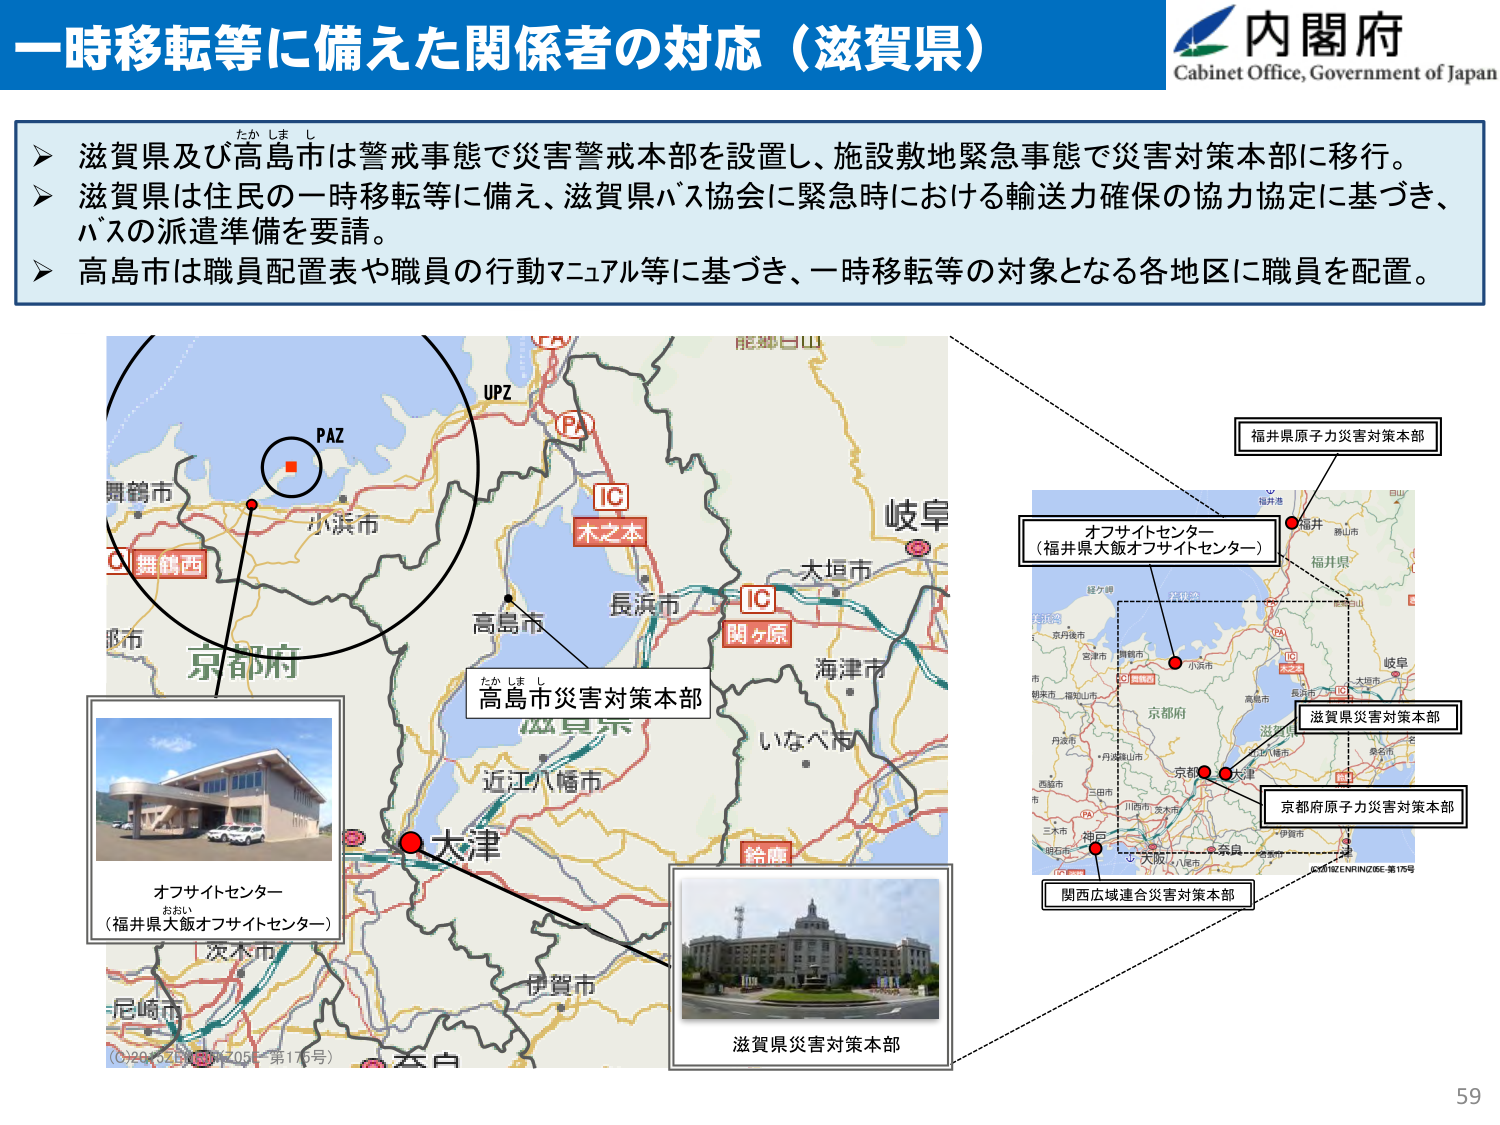
一時移転等に備えた関係者の対応（滋賀県）

内閣府
Cabinet Office, Government of Japan

➤ 滋賀県及び高島市は警戒事態で災害警戒本部を設置し、施設敷地緊急事態で災害対策本部に移行。
➤ 滋賀県は住民の一時移転等に備え、滋賀県バス協会に緊急時における輸送力確保の協力協定に基づき、
バスの派遣準備を要請。
➤ 高島市は職員配置表や職員の行動マニュアル等に基づき、一時移転等の対象となる各地区に職員を配置。

PAZ
UPZ
PA
IC
木之本
IC
関ヶ原
舞鶴西
小浜市
舞鶴市
京都府
高島市
長浜市
大垣市
岐阜
海津市
いなべ市
鈴鹿
近江八幡市
大津
滋賀県
伊賀市
尼崎市
茨木市
大阪
八尾市
奈良
京都
三木市
丹波市
西宮市
三田市
川西市
吹田市
明石市
姫路市
加古川市
高砂市
福井県
福井
鯖江市
越前市
敦賀市
大野市
勝山市
経ヶ岬
福井県原子力災害対策本部
オフサイトセンター
（福井県大阪オフサイトセンター）
滋賀県災害対策本部
京都府原子力災害対策本部
関西広域連合災害対策本部
たかしまし
高島市災害対策本部
オフサイトセンター
（福井県大阪オフサイトセンター）
おおい
滋賀県災害対策本部
（〇2023.02.01 09:07.05 第176号）
59